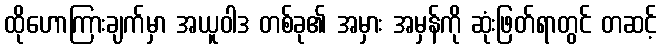
ထိုဟောကြားချက်မှာ အယူဝါဒ တစ်ခု၏ အမှား အမှန်ကို ဆုံးဖြတ်ရာတွင် တဆင့်